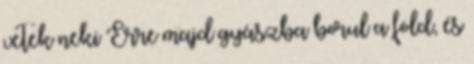
vetek neki Erre majd gyászba borul a föld, és